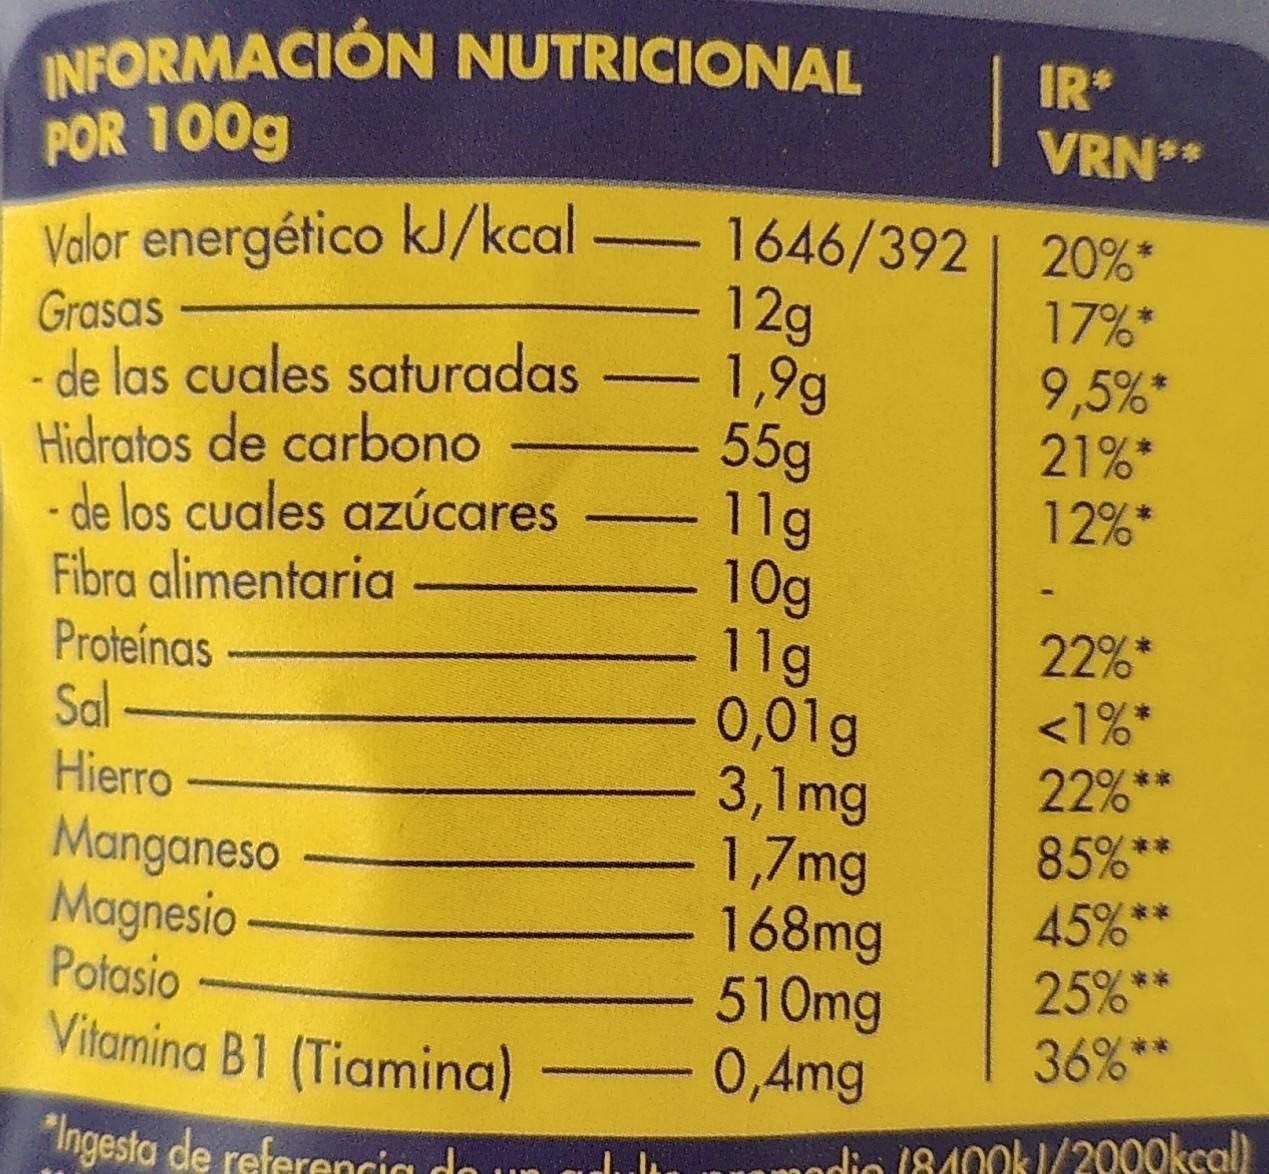
INFORMACIÓN NUTRICIONAL POR 100g
IR
VRN**
1646/392 | 20%* 12g 1,9g 55g 11g 10g 11g 0,01g 3,1mg 1,7mg 168mg 510mg 0,4mg
Valor energético kJ/kcal
17%*
Grasas - de las cuales saturadas Hidratos de carbono - de los cuales azúcares Fibra alimentaria
9,5%* 21%*
12%*
22%*
Proteínas Sal
<1%*
22%* 85% 45%
Hierro
Manganeso Magnesio Potasio Vitamina B1 (Tiamina)
25%** 36% **
"Ingesta de referencia do un
umodio (840ok1/2000kcal)